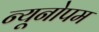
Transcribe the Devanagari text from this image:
न्यूनोपम